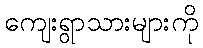
ကျေးရွာသားများကို